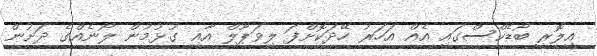
އިލޮރީ ބޯޑެކްސްގައި އެއް އަހަރު ހޭދަކޮށްފަ ލިވަޕޫލް އާއި ގުޅުމުން ލޯނެއްގެ ދަށުން